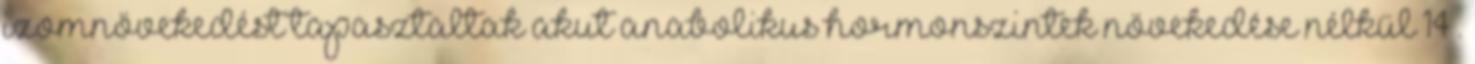
izomnövekedést tapasztaltak akut anabolikus hormonszintek növekedése nélkül 14 .